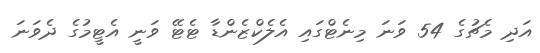
އަދި މެޗުގެ 54 ވަނަ މިނެޓްގައި އެލެކްޒެންޑާ ޓެޓޭ ވަނީ އެޓީމުގެ ދެވަނަ